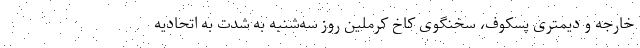
خارجه و دیمتری پسکوف، سخنگوی کاخ کرملین روز سه‌شنبه به شدت به اتحادیه